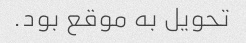
تحویل به موقع بود.